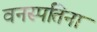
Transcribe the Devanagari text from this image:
वनस्पतिना